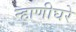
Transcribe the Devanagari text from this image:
न्हाणीघरे